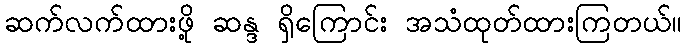
ဆက်လက်ထားဖို့ ဆန္ဒ ရှိကြောင်း အသံထုတ်ထားကြတယ်။